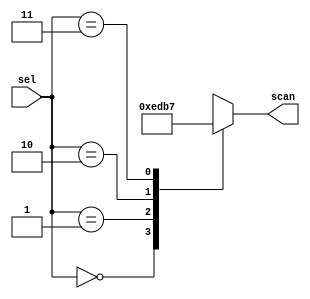
module sev_scan(sel, scan);

   input [1:0]sel;

   output [3:0] scan;

   reg [3:0] scan;

   always@(sel[1:0])

     case(sel[1:0])

       2'b00:scan = 4'b1110;// Enable AN1

       2'b01:scan = 4'b1101;// Enable AN2

       2'b10:scan = 4'b1011;// Enable AN3

       2'b11:scan = 4'b0111;// Enable AN4	

     endcase

endmodule